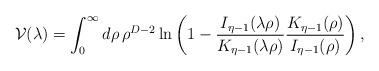
LaTeX: \begin{align*}{\cal V}(\lambda)=\int_0^{\infty} d\rho\,\rho^{D-2} \ln\left(1-{I_{\eta-1}(\lambda\rho)\over K_{\eta-1}(\lambda\rho)} {K_{\eta-1}(\rho)\over I_{\eta-1}(\rho)}\right),\end{align*}